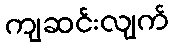
ကျဆင်းလျက်